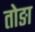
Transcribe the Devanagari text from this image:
तोङा